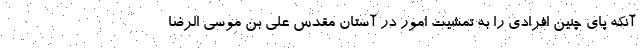
آنکه پای چنین افرادی را به تمشیت امور در آستان مقدس علی بن موسی الرضا